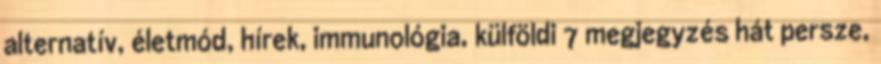
alternatív, életmód, hírek, immunológia, külföldi 7 megjegyzés hát persze,